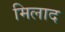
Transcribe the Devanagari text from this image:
मिलाद